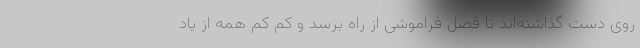
روی دست گذاشته‌اند تا فصل فراموشی از راه برسد و کم کم همه از یاد